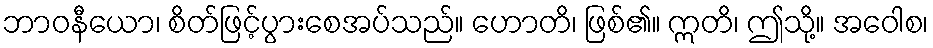
ဘာဝနီယော၊ စိတ်ဖြင့်ပွားစေအပ်သည်။ ဟောတိ၊ ဖြစ်၏။ ဣတိ၊ ဤသို့။ အဝေါစ၊